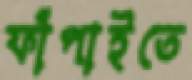
ফাঁপাইতে